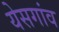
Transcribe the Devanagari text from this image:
येसगांव